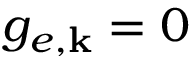
g _ { e , { \bf k } } = 0